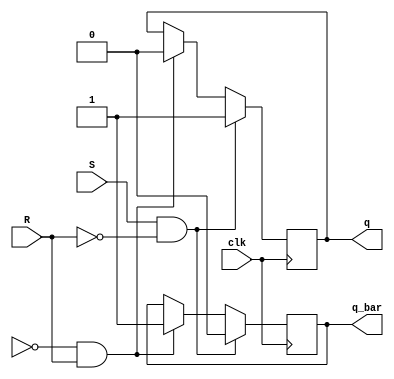
module sr_ff(
  input wire S,
  input wire R,
  input wire clk,
  output reg q,
  output reg q_bar
);
  
  always@(posedge clk)
    begin
      if(S & ~R)
        begin
          q <= 1;
          q_bar <= 0;
        end
      else if (~s & R) 
        begin
          q <= 0;
          q_bar <= 1;
        end
    end
endmodule